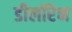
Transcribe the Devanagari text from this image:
डीलॉरेन